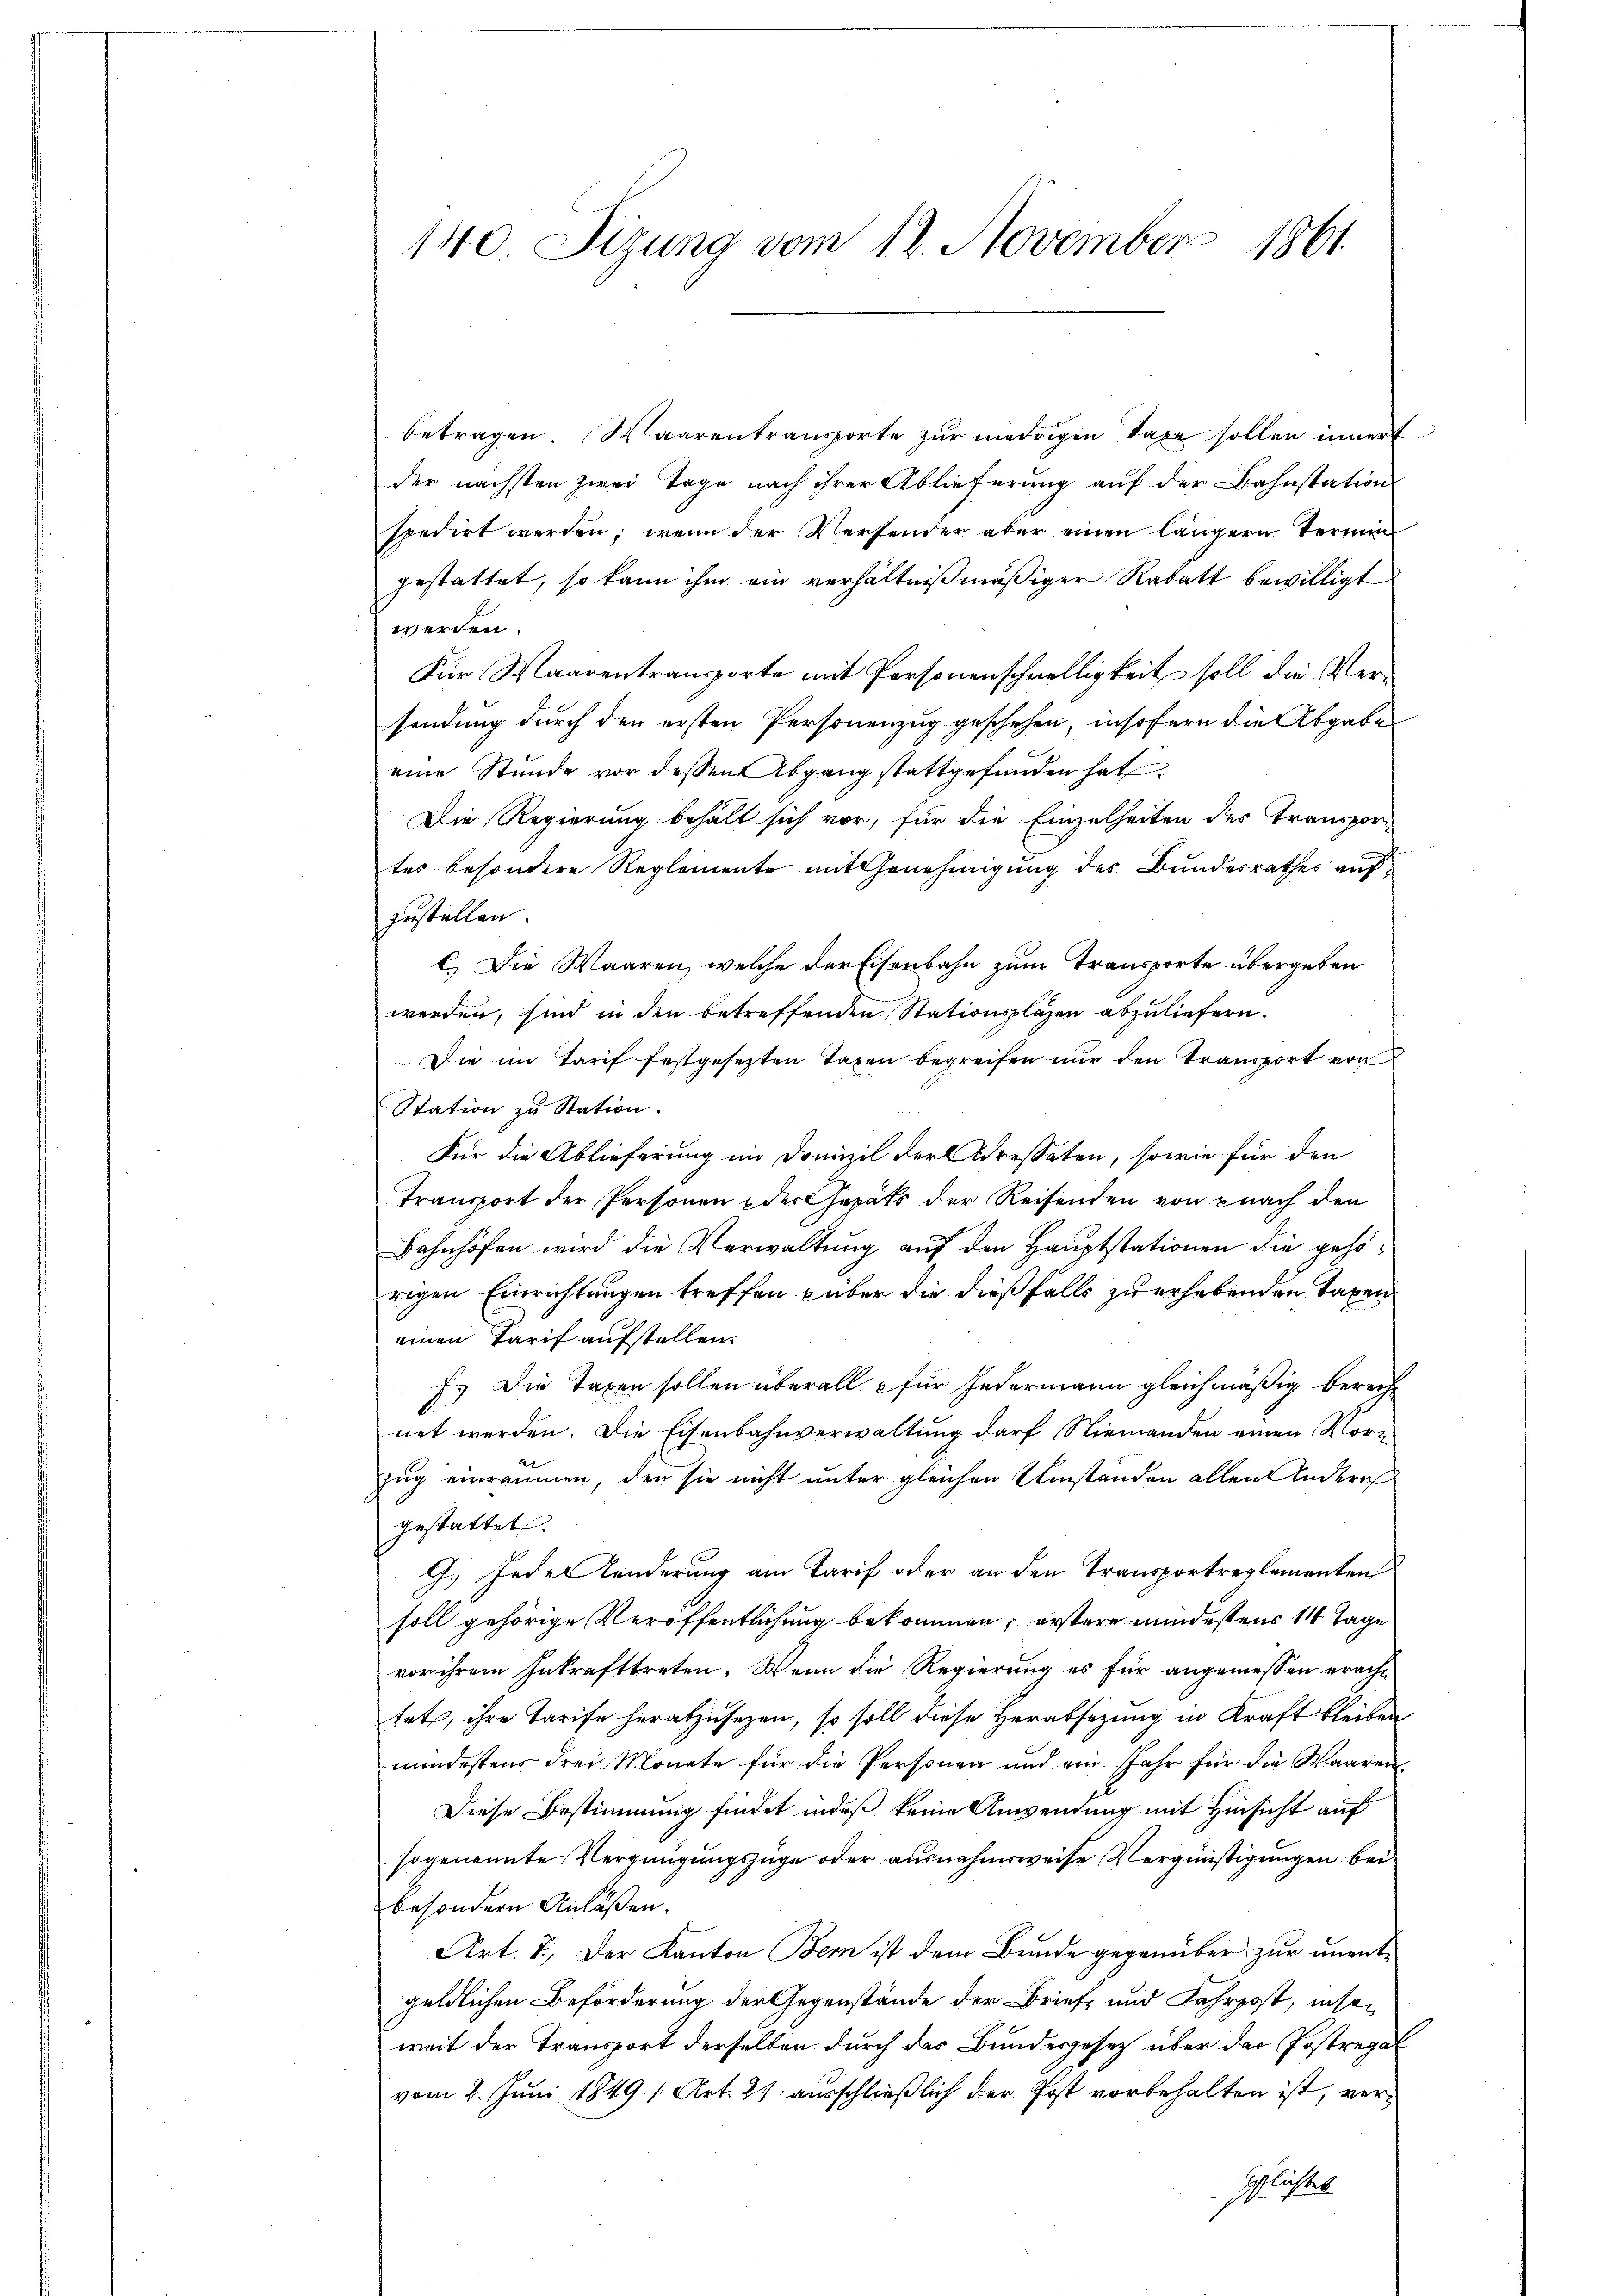
140 Sizung vom 12. November 1861

betragen. Waarentransporte zur niedrigen Taxe sollen innert
der nächsten zwei Tage nach ihrer Ablieferung auf der Bahnstation
spedirt werden; wenn der Versender aber einen längern Termin
gestattet, so kann ihm ein verhältnißmäßiger Rabatt bewilligt
werden.
Für Maarentransporte mit Personenschnelligkeit soll die Versendung durch den ersten Personenzug geschehen, insofern die Abgabe
eine Stunde vor dessen Abgang stattgefunden hat.
Die Regierung behält sich vor, für die Einzelheiten des Transpor-
tes besondere Reglemente mit Genehmigung des Bundesrathes aufzustellen.
C.) Die Waaren, welche der Eisenbahn zum Transporte übergeben
werden, sind in den betreffenden Stationspläzen abzuliefern.
Die im Tarif festgesetzten Taxen begreifen nur den Transport von
Station zu Station.
Für die Ablieferung im Domizil der Adressaten, sowie für den
Transport der Personen der Gepäts der Reisenden von nach den
Bahnhöfen wird die Verwaltung auf den Hauptstationen die gehörigen Einrichtungen treffen aber die dießfalls zu erhebenden Taxen
einen Tarif aufstellen.
F. Die Taxen sollen überall für Jedermann gleichmäßig berecht
net werden. Die Eisenbahnverwaltung darf, Niemanden einen Morzug einräumen, den sie nicht unter gleichen Umständen allen Anderes
gestattet.
G. Jedes Kinderung am Tarif oder an den Transportreglementen
soll gehörige Veröffentlichung bekommen, erstere mindestens 14 Tage
vor ihrem Inkrafttreten. Wenn die Regierung es für angemessen erachtet, ihre Tarife herabzusezen, so soll diese Herabsezung in Kraft bleiben
mundestens drei Monate für die Personen und ein Jahr für die Waaren¬
Diese Bestimmung findet indeß keine Anwendung mit Hinsicht auf
sogenannte Vergnügungszüge oder ausnahmsweise Vergünstigungen beibesondern Anlaßen.
Art. 8. Der Kanton Bern ist dem Bunde gegenüber zur unentgeldlichen Beförderung der Gegenstände der Brief- und Fahrpost, insoweit der Transport derselben durch der Bundesgesetz über der Postregal
vom 2. Juni 1849. 1 Art. 27. ausschließlich der Post vorbehalten ist, verpflichtet